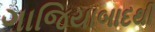
ગાજિયાબાદથી